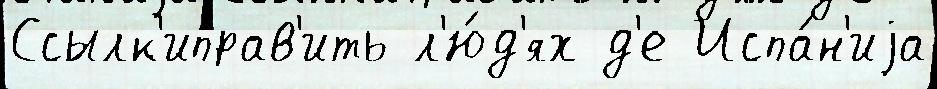
Ссылк'иправ'ить л'ю́д'ях д'е Испа́н'иjа